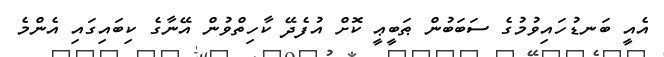
އެއީ ބަނޑުހައިވުމުގެ ސަބަބުން ޠަބީޢީ ކޮށް އުފެދޭ ކާހިތްވުން އޭނާގެ ކިބައިގައި އެންމެ